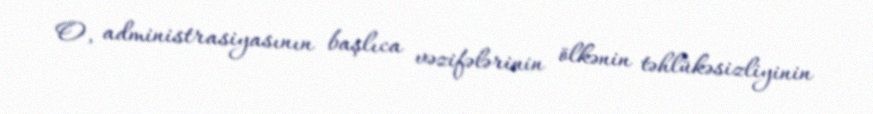
O, administrasiyasının başlıca vəzifələrinin ölkənin təhlükəsizliyinin